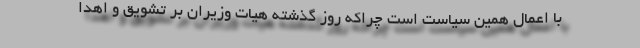
با اعمال همین سیاست است چراکه روز گذشته هیات وزیران بر تشویق و اهدا